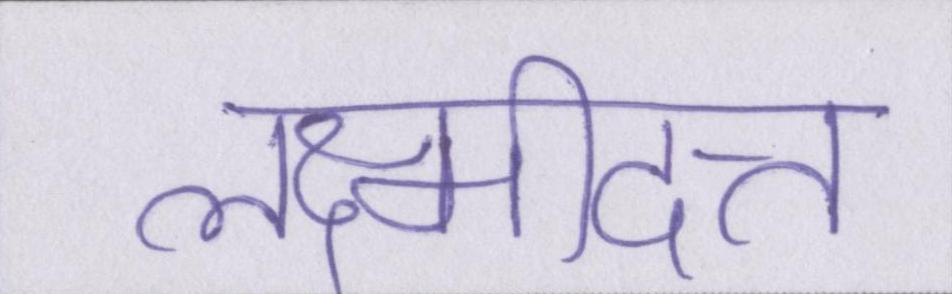
लक्ष्मीदत्त